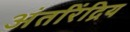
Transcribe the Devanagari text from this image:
अंतरिंद्रिय